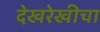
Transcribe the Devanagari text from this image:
देखरेखीचा